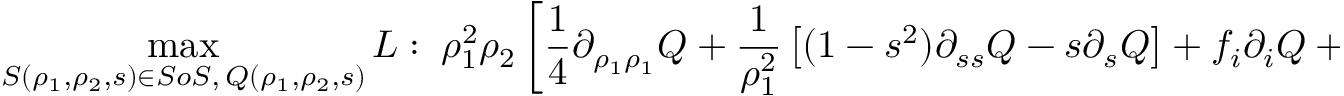
\operatorname* { m a x } _ { S ( \rho _ { 1 } , \rho _ { 2 } , s ) \in S o S , \, Q ( \rho _ { 1 } , \rho _ { 2 } , s ) } L : \; \rho _ { 1 } ^ { 2 } \rho _ { 2 } \left[ \frac { 1 } { 4 } \partial _ { \rho _ { 1 } \rho _ { 1 } } Q + \frac { 1 } { \rho _ { 1 } ^ { 2 } } \left[ ( 1 - s ^ { 2 } ) \partial _ { s s } Q - s \partial _ { s } Q \right] + f _ { i } \partial _ { i } Q + \phi - L \right] - S ( \rho _ { 1 } , \rho _ { 2 } , s ) ( 1 - s ^ { 2 } ) \in S o S .